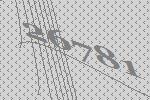
26781